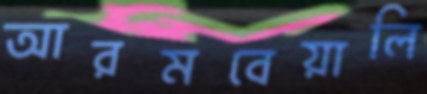
আরমবেয়ালি